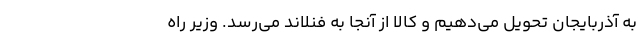
به آذربایجان تحویل می‌دهیم و کالا از آنجا به فنلاند می‌رسد. وزیر راه